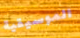
الموسيقية